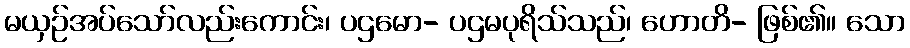
မယှဉ်အပ်သော်လည်းကောင်း၊ ပဌမော- ပဌမပုရိသ်သည်၊ ဟောတိ- ဖြစ်၏။ သော